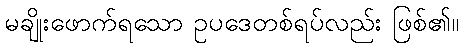
မချိုးဖောက်ရသော ဥပဒေတစ်ရပ်လည်း ဖြစ်၏။